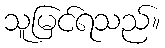
သူမြင်ရသည်။